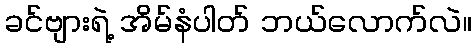
ခင်ဗျားရဲ့ အိမ်နံပါတ် ဘယ်လောက်လဲ။